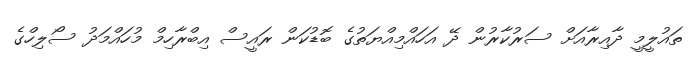
ތައުލީމީ ދާއިރާއަށް ސަރުކާރުން ދޭ އަހައްމިއްޔަތުގެ ބޮޑުކަން ރައީސް އިބްރާހިމް މުހައްމަދު ސޯލިހްގެ